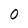
Character: 0